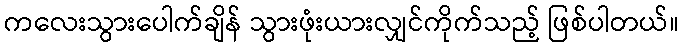
ကလေးသွားပေါက်ချိန် သွားဖုံးယားလျှင်ကိုက်သည့် ဖြစ်ပါတယ်။